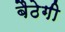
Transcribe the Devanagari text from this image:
बैठेगी